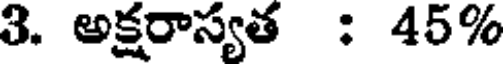
3. అక్షరాస్యత : 45%